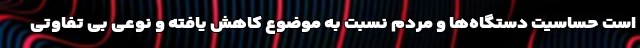
است حساسیت دستگاه‌ها و مردم نسبت به موضوع کاهش یافته و نوعی بی تفاوتی